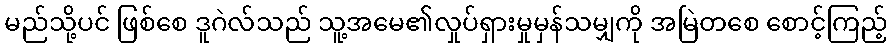
မည်သို့ပင် ဖြစ်စေ ဒူဂဲလ်သည် သူ့အမေ၏လှုပ်ရှားမှုမှန်သမျှကို အမြဲတစေ စောင့်ကြည့်